Indian Medical Review
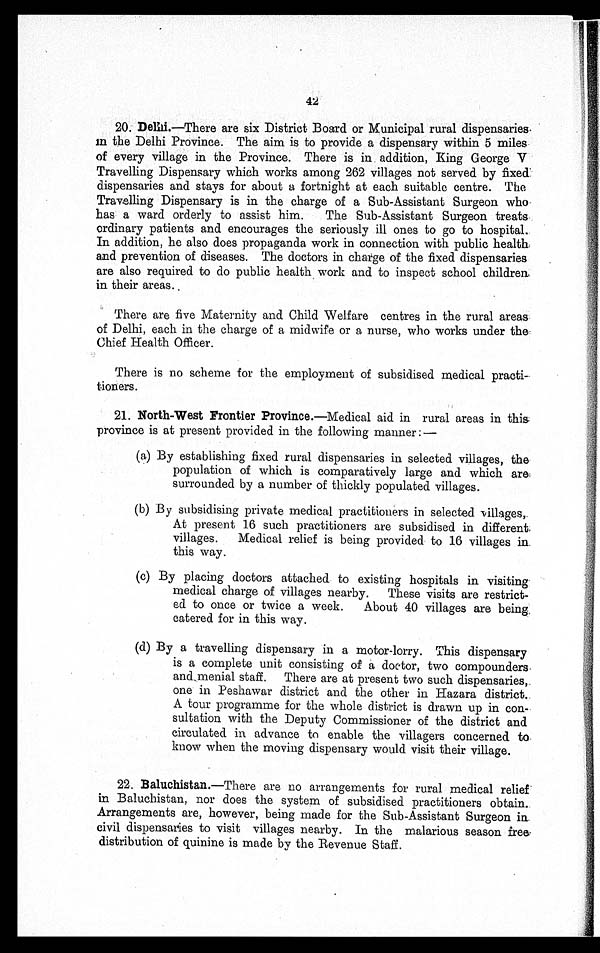
42
20. Delhi.—There are six District Board or Municipal rural dispensaries
in the Delhi Province. The aim is to provide a dispensary within 5 miles
of every village in the Province. There is in addition, King George V
Travelling Dispensary which works among 262 villages not served by fixed
dispensaries and stays for about a fortnight at each suitable centre. The
Travelling Dispensary is in the charge of a Sub-Assistant Surgeon who
has a ward orderly to assist him. The Sub-Assistant Surgeon treats
ordinary patients and encourages the seriously ill ones to go to hospital.
In addition, he also does propaganda work in connection with public health
and prevention of diseases. The doctors in charge of the fixed dispensaries
are also required to do public health work and to inspect school children
in their areas.
There are five Maternity and Child Welfare centres in the rural areas
of Delhi, each in the charge of a midwife or a nurse, who works under the
Chief Health Officer.
There is no scheme for the employment of subsidised medical practi-
tioners.
21. North-West Frontier Province.— Medical aid in rural areas in this
province is at present provided in the following manner :—
(a) By establishing fixed rural dispensaries in selected villages, the
population of which is comparatively large and which are
surrounded by a number of thickly populated villages.
(b) By subsidising private medical practitioners in selected -villages,
At present 16 such practitioners are subsidised in different
villages. Medical relief is being provided to 16 villages in.
this way.
(c) By placing doctors attached to existing hospitals in visiting
medical charge of villages nearby. These visits are restrict-
ed to once or twice a week. About 40 villages are being
catered for in this way.
(d) By a travelling dispensary in a motor-lorry. This dispensary
is a complete unit consisting of a doctor, two compounders.
and menial staff. There are at present two such dispensaries,
one in Peshawar district and the other in Hazara district.
A tour programme for the whole district is drawn up in con-
sultation with the Deputy Commissi oner of the district and
circulated in advance to enable the villagers concerned to
know when the moving dispensary would visit their village.
22. Baluchistan.—There are no arrangements for rural medical relief
in Baluchistan, nor does the system of subsidised practitioners obtain.
Arrangements are, however, being made for the Sub-Assistant Surgeon in
civil dispensaries to visit villages nearby. In the malarious season free
distribution of quinine is made by the Revenue Staff.